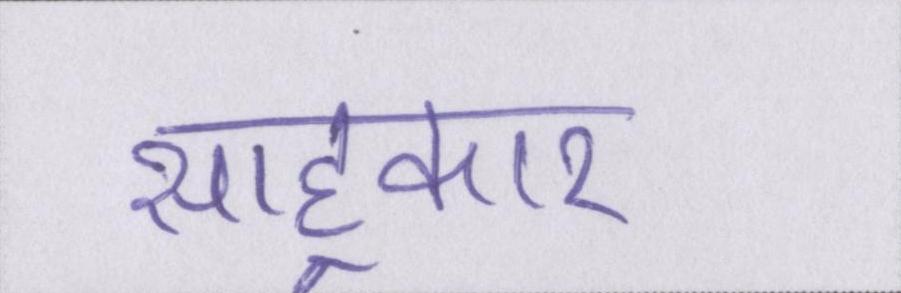
साहूकार